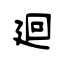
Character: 廻